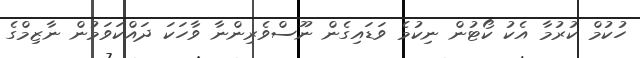
ހުކުމް ކުރުމާ އެކު ކޯޓުން ނިކުމެ ވަޑައިގެން ނޫސްވެރިންނާ ވާހަކަ ދައްކަވަމުން ނާޒިމްގެ